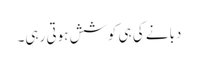
دبانے کی ہی کوشش ہوتی رہی۔